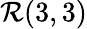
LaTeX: {\mathcal{R}}(3,3)